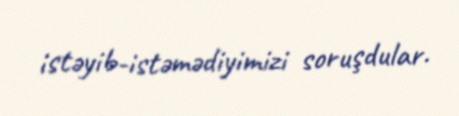
istəyib-istəmədiyimizi soruşdular.